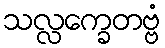
သလ္လက္ခေတဗ္ဗံ